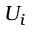
U _ { i }